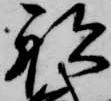
船